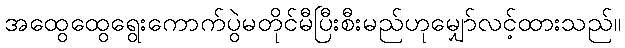
အထွေထွေရွေးကောက်ပွဲမတိုင်မီပြီးစီးမည်ဟုမျှော်လင့်ထားသည်။